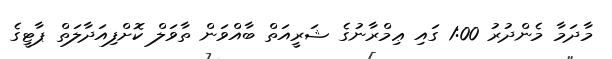
މާދަމާ މެންދުރު 1:00 ގައި ޢިމްރާނުގެ ޝަރީއަތް ބާއްވަން ތާވަލް ކޮށްފިއަދާލަތް ޕާޓީގެ